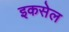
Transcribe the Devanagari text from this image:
इकसेल